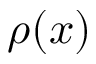
\rho ( x )